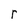
Character: r